Annual report of the Bengal Veterinary College and of the Civil Veterinary Department, Bengal, for the year 1911-1912 - 1911-1912
Year: 1911
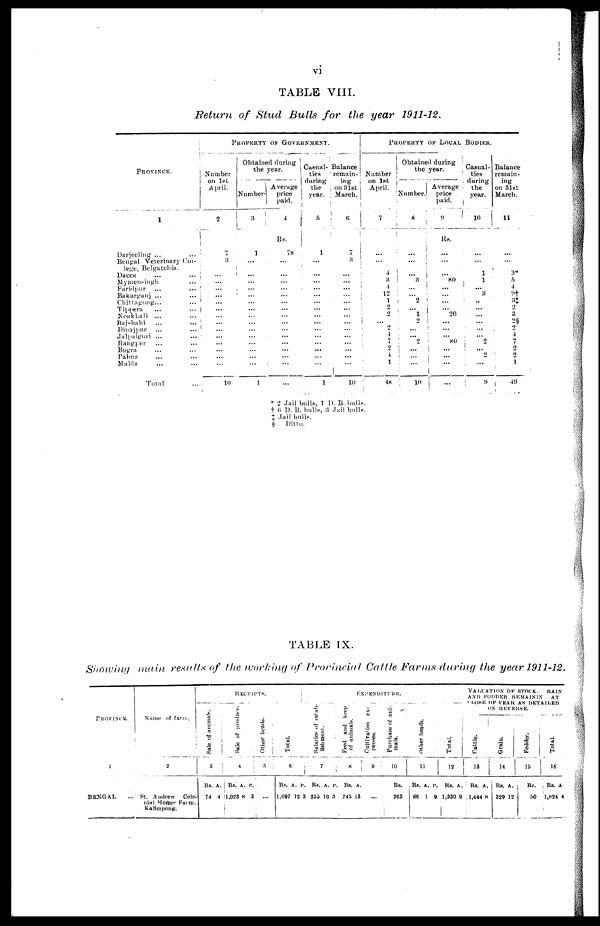
vi
TABLE VIII.
Return of Stud Bulls for the year 1911-12.
PROVINCE.
1
Darjeeling ... …
Bengal veterinary Col-
lege, Belgatchia.
Dacca
Mymensiugh …
Faridpur ... …
Bakarganj ... …
Chittagong ... …
Tippera … …
Noakhali ... …
Rajshahi … …
Dinajpur … …
Jalpaiguri ... …
Rangpur … …
Bogra… …
Pabna … …
Malda … …
Total
PROPERTY OF GOVERNMENT.
Number
on 1st
April.
2
7
3
...
...
...
...
...
...
…
...
…
... ...
...
...
…
10
Obtained during
the year.
Number-
3
1
…
...
...
...
...
…
...
...
...
...
... ...
...
...
...
1
Average
price
paid.
4
Rs.
78
...
...
...
...
...
...
...
...
...
...
... ...
...
...
...
...
Casual-
ties
during
the
year.
5
1
...
...
...
…
...
...
...
...
...
...
... ...
...
...
...
1
Balance
remain-
ing
on 31st
March.
6
7
3
...
...
...
...
...
...
...
...
...
... ...
...
...
…
10
PROPERTY OF LOCAL BODIES.
Number
on 1st
April.
7
...
…
4
3
4
12
1
2
2
… 2
4
7
2
4
1
48
Obtained during
the year.
Number.
8
...
...
…
3
…
2
... 1
2
…
... 2
… …
…
10
Average
price
paid.
Rs.
…
...
… 80
...
...
... …
20
...
…
... 80
… …
…
…
Casual-
ties
during
the
year.
10
...
...
1
1
... 8
.. ...
...
...
...
...
2
… 2
...
9
Balance
remain-
ing
on 31st
March.
11
...
...
3
6
4
9†
3†
2
3
2§
2
4
7
2
2
1
49
* 2 Jail bulls 1 D. B. bulls
† 6 D. B. bulls, 3 Jail bulls.
‡ Jail bulls
§ Ditto.
TABLE IX.
Showing main results of the working of Prorincial Cattle Farms during the year 1911-12.
PROVINCE.
1
BENGAL
...
Name of farm.
2
St. Andrew Colo-
nial Homes Farm.
Kalimpong.
RECEIPTS.
Sale of animals
3
74 4
Sal e of produce.
4
Rs.
1,023
A.
8
P.
3
Other heads.
5
...
EXPESDUTURE.
Tot al .
6
Rs.
1,097
A.
12
P.
3
Salaries of estab
lishment.
7
Rs.
255
A.
10 3
P.
Feed and keep
of animals.
8
Rs.
745
A.
13
Cultivation ex-
penses.
a
...
Purchase of ani-
10
Rs.
263
i
other heads.
1
1
Rs.
66
A.
1
P.
9
Total.
12
Rs.
1,330
A.
9
VALUATION OK STOCK, RAIN
AND FODDER REMAININ. AT
LOSE OF YEAH AS DETAILED
ON REVERSE.
Cattle.
18
Rs.
1,444
A.
8
Grain.
14
Rs.
329
A.
12
Fodder.
15
Rs.
50
Total.
16
Rs.
1.824
A
4